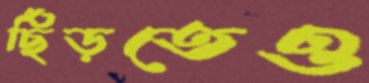
ছিঁড়তেও